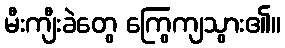
မီးကျီးခဲတွေ ကြွေကျသွား၏။